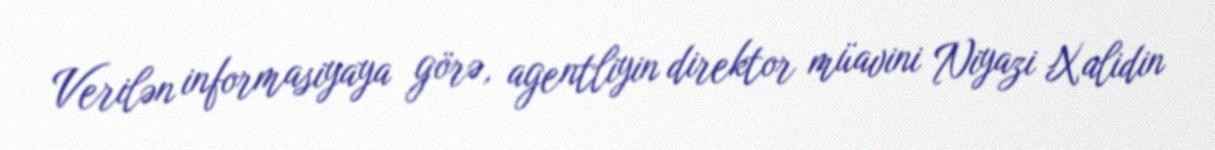
Verilən informasiyaya görə, agentliyin direktor müavini Niyazi Xalidin